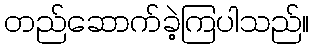
တည်ဆောက်ခဲ့ကြပါသည်။